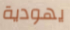
يهودية